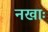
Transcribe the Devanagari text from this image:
नखाः